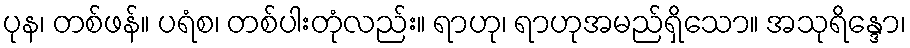
ပုန၊ တစ်ဖန်။ ပရံစ၊ တစ်ပါးတုံလည်း။ ရာဟု၊ ရာဟုအမည်ရှိသော။ အသုရိန္ဒော၊